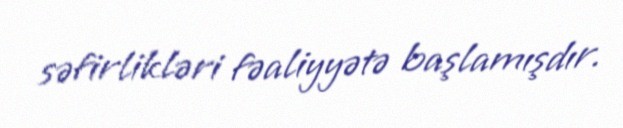
səfirlikləri fəaliyyətə başlamışdır.